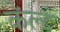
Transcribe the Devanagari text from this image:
कॅल्ट